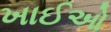
ખાઈઓ